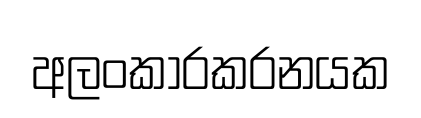
අලංකාරකරනයක